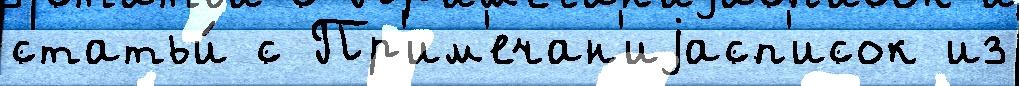
статьи́ с Пр'им'ечан'иjасп'исок из